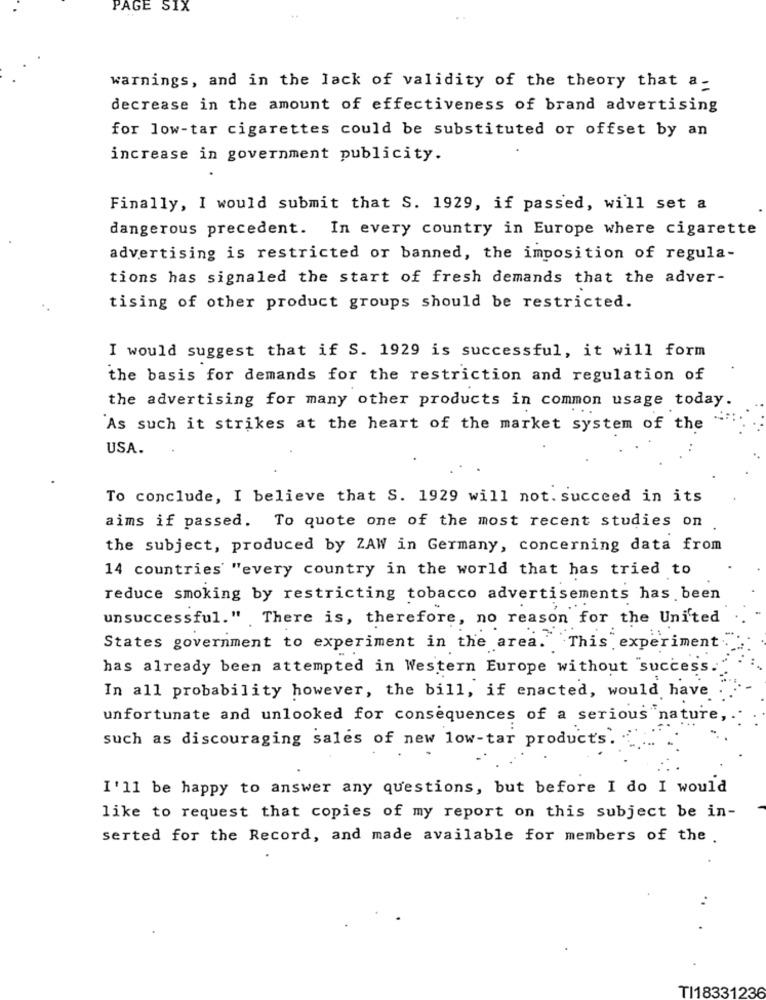
PAGE SIX
warnings, and in the lack of validity of the theory that a-
decrease in the amount of effectiveness of brand advertising
for low-tar cigarettes could be substituted or offset by an
increase in government publicity.
Finally, I would submit that S. 1929, if passed, will set a
dangerous precedent. In every country in Europe where cigarette
advertising is restricted or banned, the imposition of regula-
tions has signaled the start of fresh demands that the adver-
tising of other product groups should be restricted.
I would suggest that if S. 1929 is successful, it will form
the basis for demands for the restriction and regulation of
the advertising for many other products in common usage today.
As such it strikes at the heart of the market system of the
USA.
To conclude, I believe that S. 1929 will not. succeed in its
aims if passed. To quote one of the most recent studies on
the subject, produced by ZAW in Germany, concerning data from
14 countries "every country in the world that has tried to
reduce smoking by restricting tobacco advertisements has been
unsuccessful." There is, therefore, no reason for the United
States government to experiment in the area. This experiment
has already been attempted in Western Europe without "success
In all probability however, the bill, if enacted, would have
unfortunate and unlooked for consequences of a serious nature,
such as discouraging sales of new low-tar products.
I'11 be happy to answer any questions, but before I do I would
like to request that copies of my report on this subject be in-
serted for the Record, and made available for members of the .
..
TI18331236